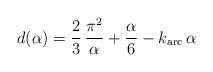
LaTeX: \begin{align*}d(\alpha)=\frac{2}{3}\,\frac{\pi^2}{\alpha}+\frac{\alpha}{6}-k_{{\rm arc}}\,\alpha\end{align*}